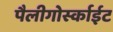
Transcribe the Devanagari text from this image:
पैलीगोर्स्काईट